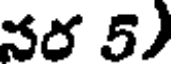
నర 5)